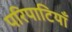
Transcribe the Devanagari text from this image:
परिपाटियाँ